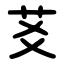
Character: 䒝